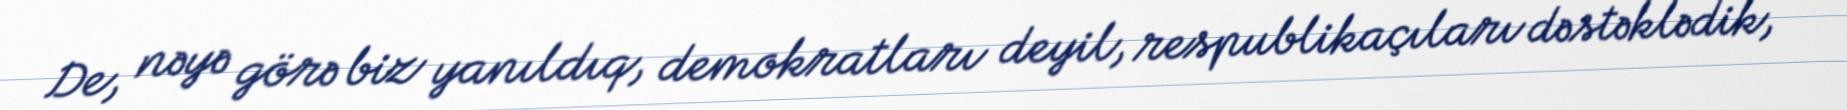
De, nəyə görə biz yanıldıq, demokratları deyil, respublikaçıları dəstəklədik,